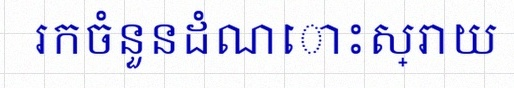
រកចំនួនដំណោះស្រាយ